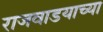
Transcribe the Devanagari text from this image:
राजवाडयाच्या